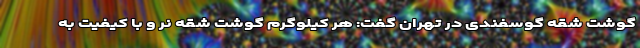
گوشت شقه گوسفندی در تهران گفت: هر کیلوگرم گوشت شقه نر و با کیفیت به